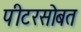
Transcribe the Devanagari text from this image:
पीटरसोबत